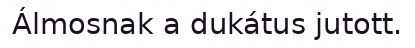
Álmosnak a dukátus jutott.